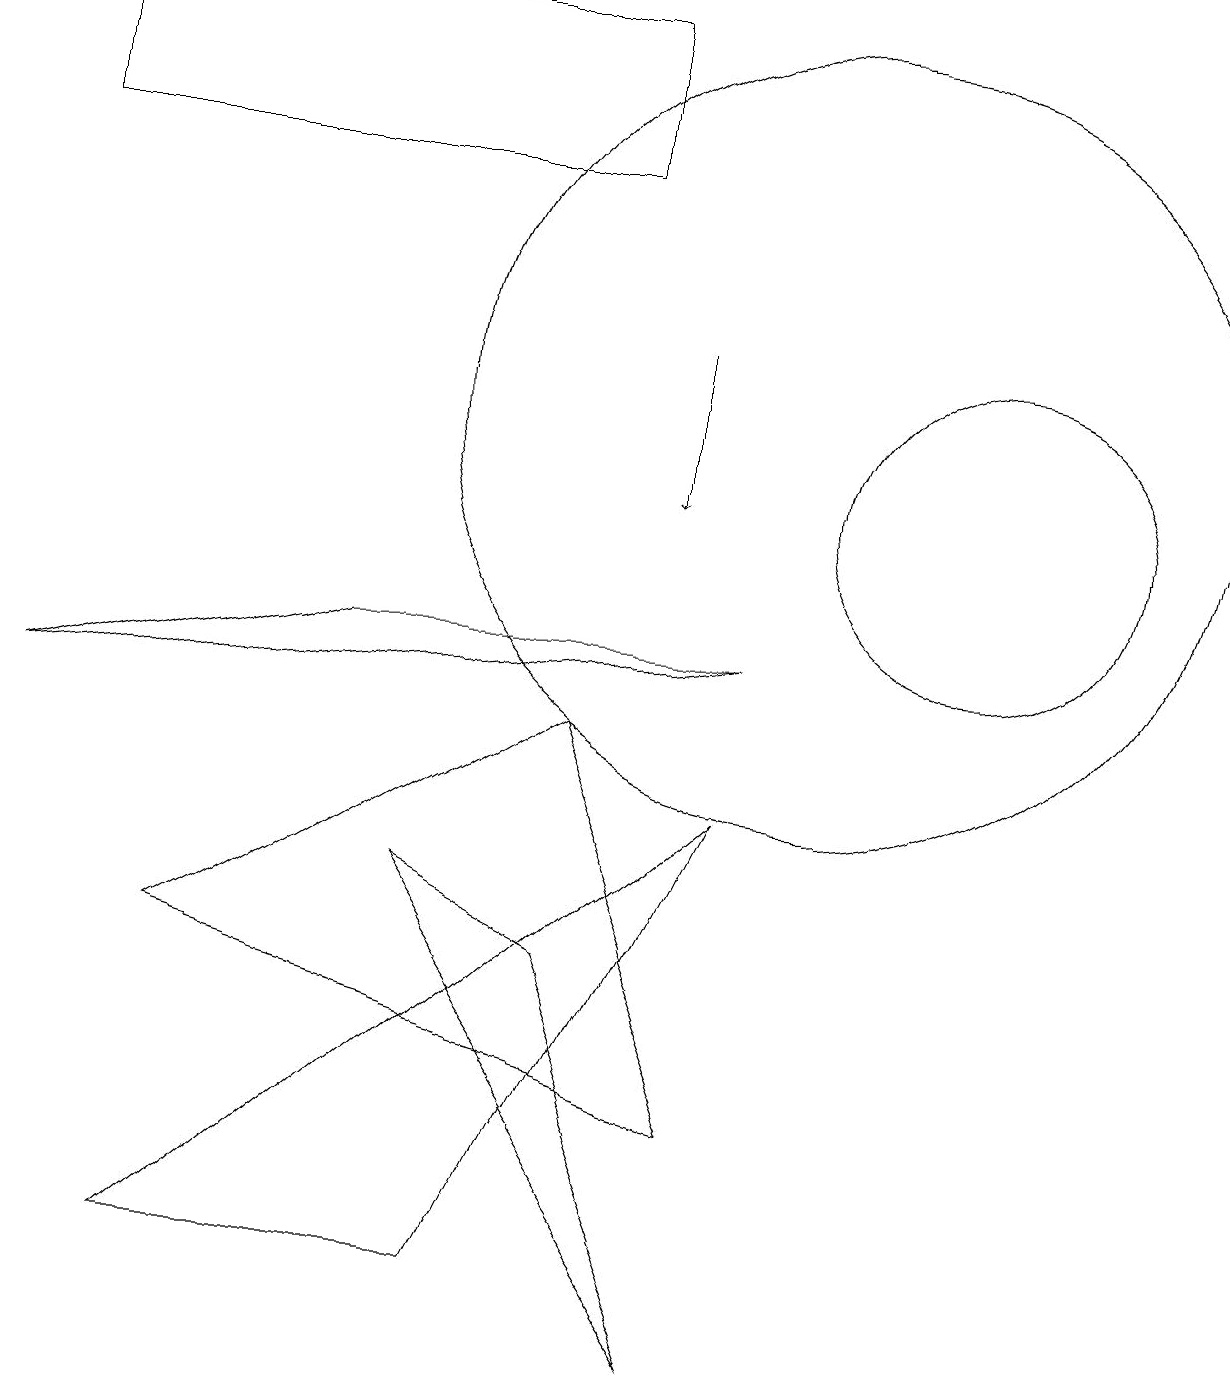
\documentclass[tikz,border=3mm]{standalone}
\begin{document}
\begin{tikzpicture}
\draw[->] (8,13) -- (8,11);
\draw (2,1) -- (6,1) -- (9,7) -- cycle;
\draw (7,15) rectangle (0,17);
\draw (10,12) circle (5);
\draw (12,11) circle (2);
\draw (7,5) -- (5,6) -- (9,0) -- cycle;
\draw (9,3) -- (7,8) -- (2,5) -- cycle;
\draw (4,9) -- (0,8) -- (9,9) -- cycle;
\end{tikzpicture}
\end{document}